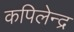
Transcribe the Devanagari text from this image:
कपिलेन्द्र